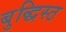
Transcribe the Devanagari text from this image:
बुद्धिस्ठ